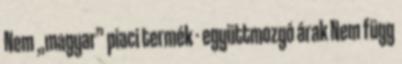
Nem „magyar” piaci termék - együttmozgó árak Nem függ